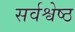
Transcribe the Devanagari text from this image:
सर्वश्वेष्ठ